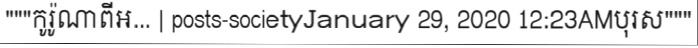
"""កូរ៉ូណាពីអ... | posts-societyJanuary 29, 2020 12:23AMបុរស"""